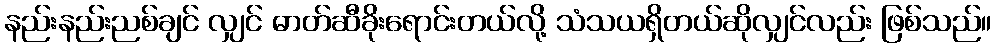
နည်းနည်းညစ်ချင် လျှင် ဓာတ်ဆီခိုးရောင်းတယ်လို့ သံသယရှိတယ်ဆိုလျှင်လည်း ဖြစ်သည်။